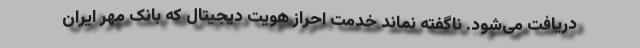
دریافت می‌شود. ناگفته نماند خدمت احراز هویت دیجیتال که بانک مهر ایران